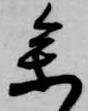
参